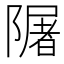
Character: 𨼑